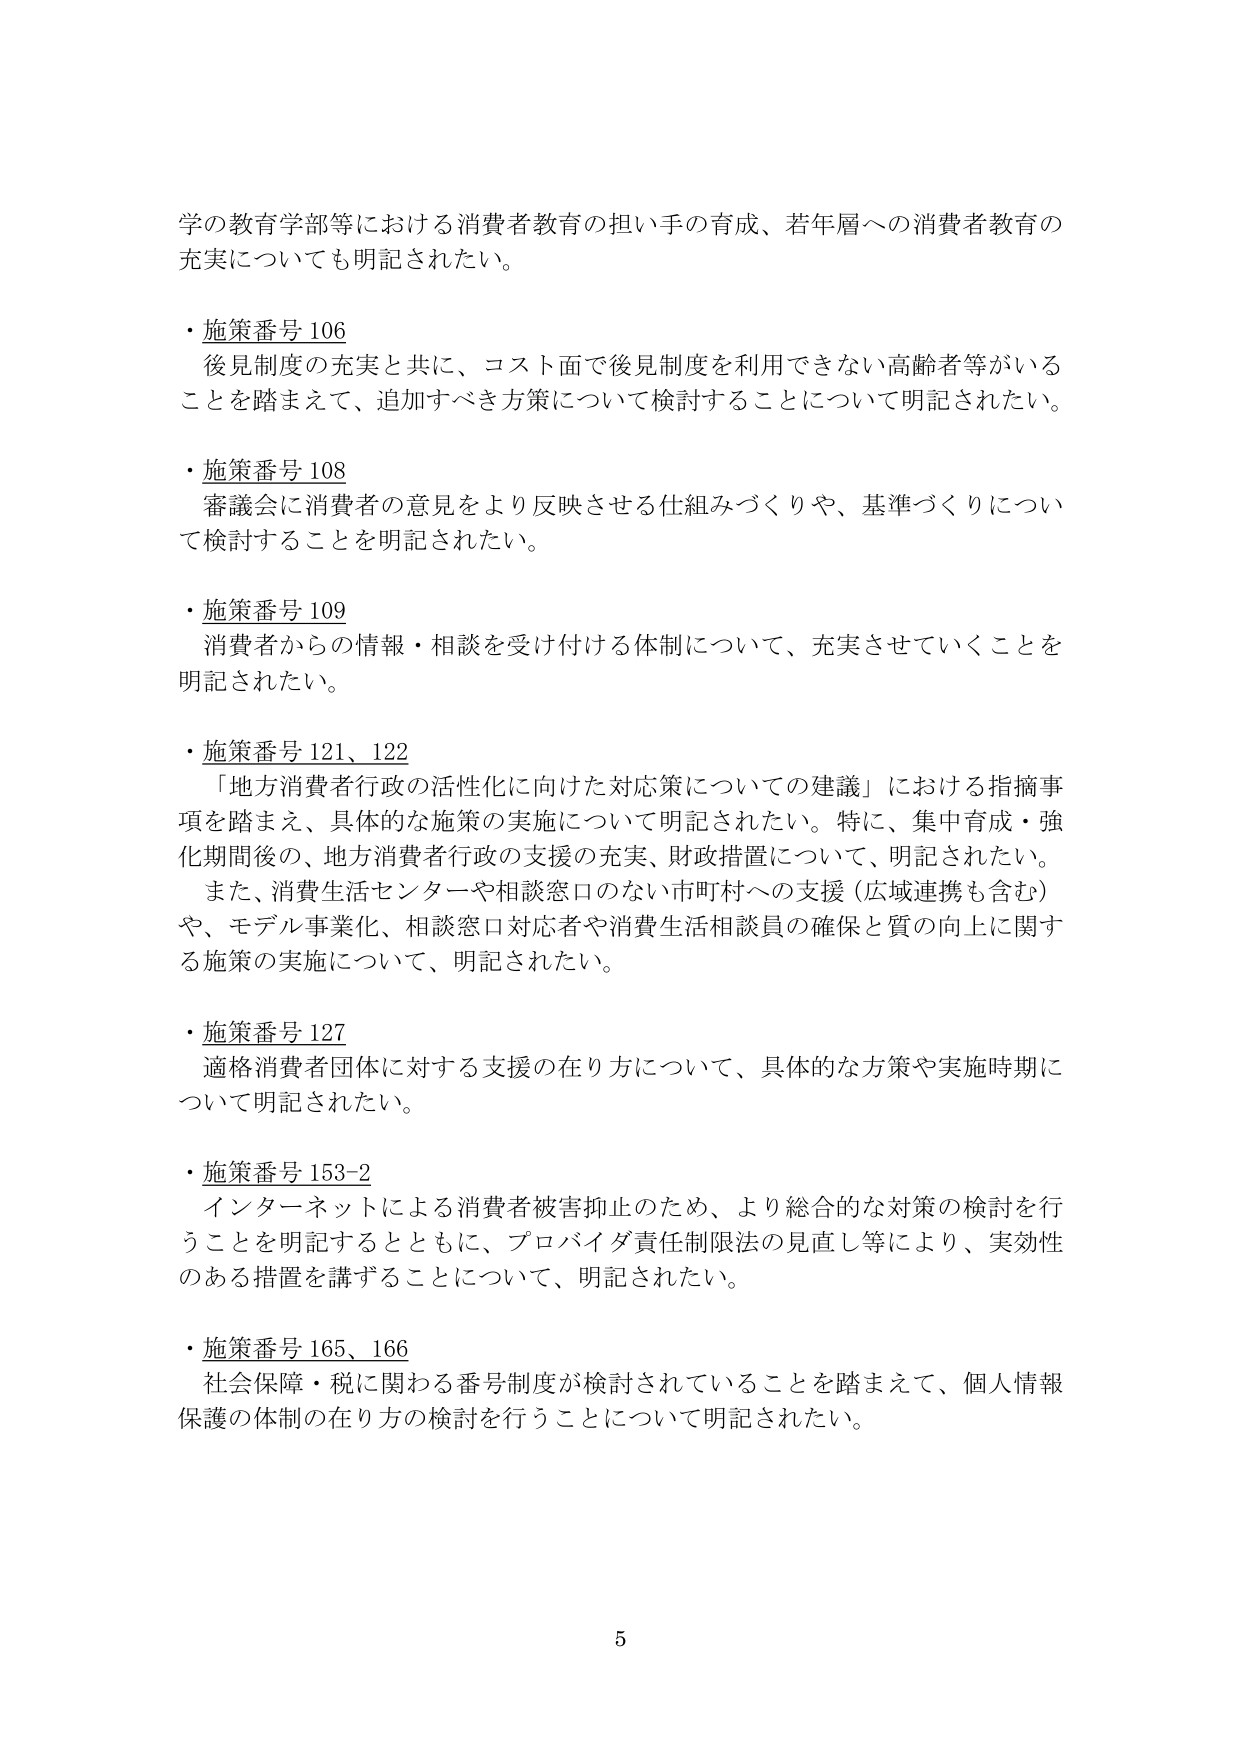
学の教育学部等における消費者教育の担い手の育成、若年層への消費者教育の
充実についても明記されたい。

・施策番号 106
後見制度の充実と共に、コスト面で後見制度を利用できない高齢者等がいる
ことを踏まえて、追加すべき方策について検討することについて明記されたい。

・施策番号 108
審議会に消費者の意見をより反映させる仕組みづくりや、基準づくりについ
て検討することを明記されたい。

・施策番号 109
消費者からの情報・相談を受け付ける体制について、充実させていくことを
明記されたい。

・施策番号 121、122
「地方消費者行政の活性化に向けた対応策についての建議」における指摘事
項を踏まえ、具体的な施策の実施について明記されたい。特に、集中育成・強
化期間後の、地方消費者行政の支援の充実、財政措置について、明記されたい。
また、消費生活センターや相談窓口のない市町村への支援（広域連携も含む）
や、モデル事業化、相談窓口対応者や消費生活相談員の確保と質の向上に関す
る施策の実施について、明記されたい。

・施策番号 127
適格消費者団体に対する支援の在り方について、具体的な方策や実施時期に
ついて明記されたい。

・施策番号 153-2
インターネットによる消費者被害抑止のため、より総合的な対策の検討を行
うことを明記するとともに、プロバイダ責任制限法の見直し等により、実効性
のある措置を講ずることについて、明記されたい。

・施策番号 165、166
社会保障・税に関わる番号制度が検討されていることを踏まえて、個人情報
保護の体制の在り方の検討を行うことについて明記されたい。

5